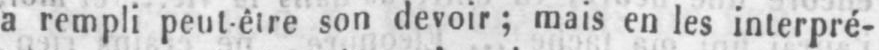
a rempli peut être son devoir; mais en les interpré-